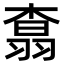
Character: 𮋆